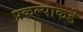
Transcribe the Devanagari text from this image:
प्रकल्पाकडे